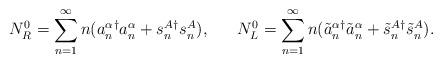
LaTeX: \begin{align*}N_R^0 = \sum_{n=1}^{\infty} n(a_n^\alpha{}^\dagger a_n^\alpha +s_n^A{}^\dagger s_n^A), ~~~~~ N_L^0 = \sum_{n=1}^{\infty} n(\tilde{a}_n^\alpha{}^\dagger \tilde{a}_n^\alpha + \tilde{s}_n^A{}^\dagger \tilde{s}_n^A).\end{align*}